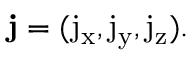
\mathbf { j } = ( \mathrm { j _ { x } } , \mathrm { j _ { y } } , \mathrm { j _ { z } } ) .